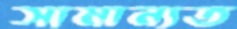
সামান্যত